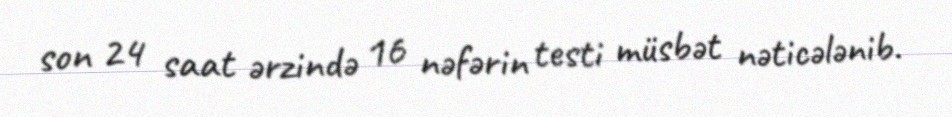
son 24 saat ərzində 16 nəfərin testi müsbət nəticələnib.